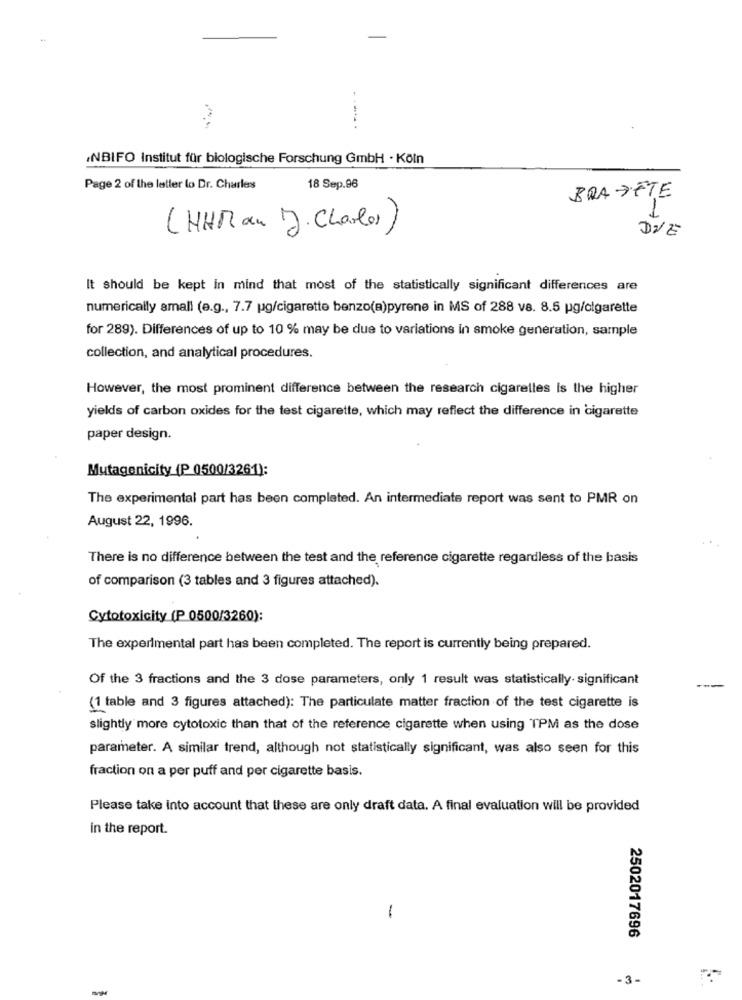
NBIFO Institut für biologische Forschung GmbH · Köln
Page 2 of the letter lo Dr. Charles
18 Sep.96
BRA FÊTE
1
(HHR an IJ. Charles)
DVE
It should be kept in mind that most of the statistically significant differences are
numerically small (e.g ., 7.7 pg/cigarette benzo(a)pyrene in MS of 288 vs. 8.5 pg/cigarette
for 289). Differences of up to 10 % may be due to variations in smoke generation, sample
collection, and analytical procedures.
However, the most prominent difference between the research cigaretles is the higher
yields of carbon oxides for the test cigarette, which may reflect the difference in cigarette
paper design.
Mutagenicity (P 0500/3261):
The experimental part has been completed. An intermediate report was sent to PMR on
August 22, 1996.
There is no difference between the test and the reference cigarette regardless of the basis
of comparison (3 tables and 3 figures attached).
Cytotoxicity (P 0500/3260):
The experimental part has been completed. The report is currently being prepared.
Of the 3 fractions and the 3 dose parameters, only 1 result was statistically. significant
(1 table and 3 figures attached): The particulate matter fraction of the test cigarette is
slightly more cytotoxic than that of the reference cigarette when using TPM as the dose
parameter. A similar trend, although not statistically significant, was also seen for this
fraction on a per puff and per cigarette basis.
Please take into account that these are only draft data. A final evaluation will be provided
in the report.
1
2502017696
-3-